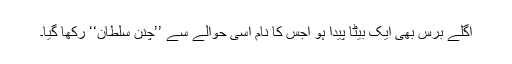
اگلے برس بھی ایک بیٹا پیدا ہو اجس کا نام اسی حوالے سے ’’چنن سلطان‘‘ رکھا گیا۔